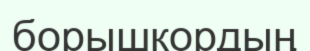
борышқордың